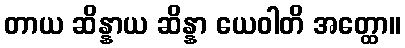
တာယ ဆိန္နာယ ဆိန္နာ ယေဝါတိ အတ္ထော။